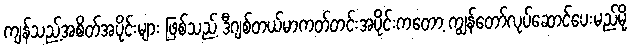
ကျန်သည့်အစိတ်အပိုင်းများ ဖြစ်သည့် ဒီဂျစ်တယ်မာကတ်တင်းအပိုင်းကတော့ ကျွန်တော်လုပ်ဆောင်ပေးမည်မို့